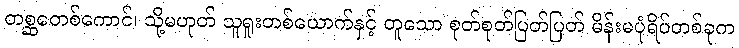
တစ္ဆတေစ်ကောင်၊ သို့မဟုတ် သူရူးတစ်ယောက်နှင့် တူသော စုတ်စုတ်ပြတ်ပြတ် မိန်းမပုံရိပ်တစ်ခုက